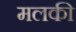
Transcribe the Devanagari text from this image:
मलकी